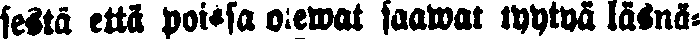
sestä että poissa olewat saawat tyytyä läsnä-